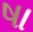
ષા